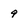
Character: 9